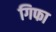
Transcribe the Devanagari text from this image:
गिफा